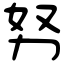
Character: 努